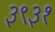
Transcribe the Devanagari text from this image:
३९३१